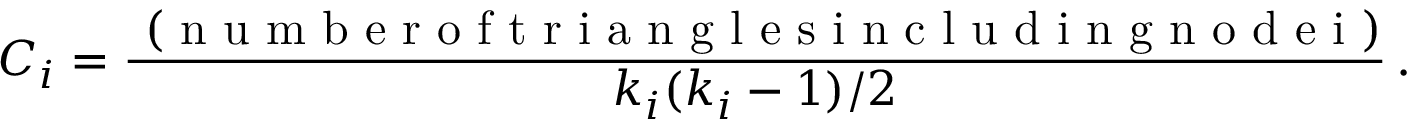
C _ { i } = \frac { \mathrm { ~ ( ~ n ~ u ~ m ~ b ~ e ~ r ~ o ~ f ~ t ~ r ~ i ~ a ~ n ~ g ~ l ~ e ~ s ~ i ~ n ~ c ~ l ~ u ~ d ~ i ~ n ~ g ~ n ~ o ~ d ~ e ~ i ~ } ) } { k _ { i } ( k _ { i } - 1 ) / 2 } \, .